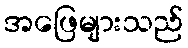
အဖြေများသည်